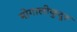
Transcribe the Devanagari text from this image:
मोगालीकुदुरु